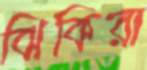
ঝিকিরা